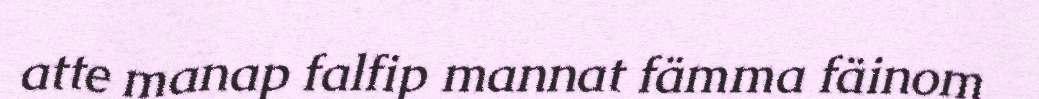
atte manap falfip mannat fämma fäinom